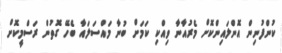
ކުންފުނިން އޮންލައިންކޮށް މެރުއާނާ ވިއްކި ކަމަށް ބުނާ މައްސަލައާ ބެހޭ ގޮތުން ރަަސްމީކޮށް